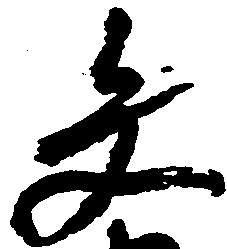
文